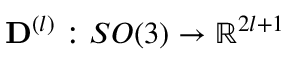
\mathbf { D } ^ { ( l ) } : S O ( 3 ) \rightarrow \mathbb { R } ^ { 2 l + 1 }